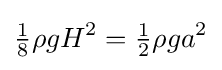
{\tfrac {1}{8}}\rho gH^{2}={\tfrac {1}{2}}\rho ga^{2}